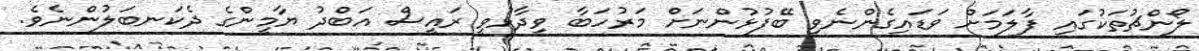
ލޯންޗުތަކުގައި ފާލަމަށް ވަޑައިގެންނެވި ބޭފުޅުންނަށް މަރުހަބާ ވިދާޅުވީ ރައީސް އަބްދު ޔާމީންގެ ދެކަނބަލުންނެވެ.